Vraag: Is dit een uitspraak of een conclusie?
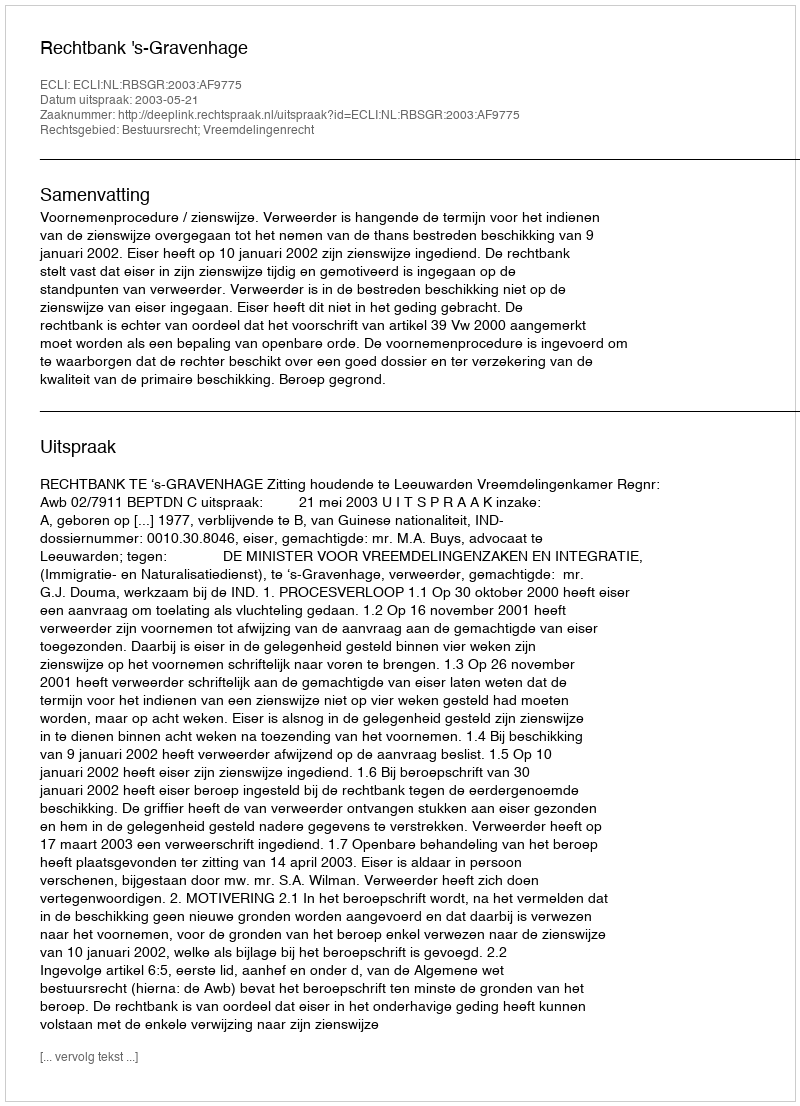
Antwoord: Uitspraak